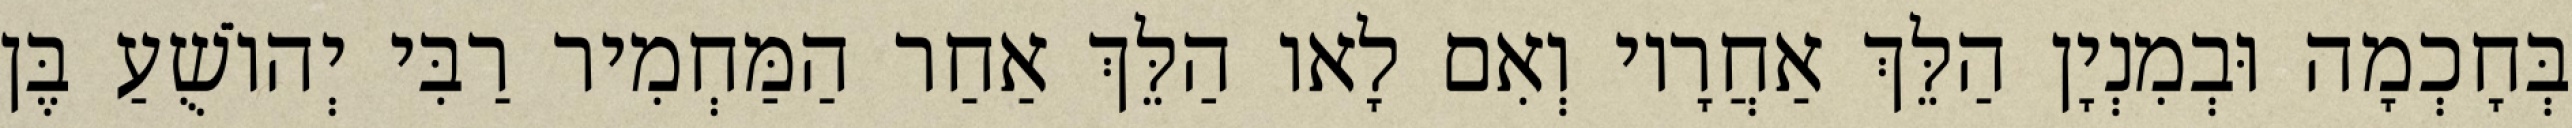
בְּחָכְמָה וּבְמִנְיָן הַלֵּךְ אַחֲרָיו וְאִם לָאו הַלֵּךְ אַחַר הַמַּחְמִיר רַבִּי יְהוֹשֻׁעַ בֶּן